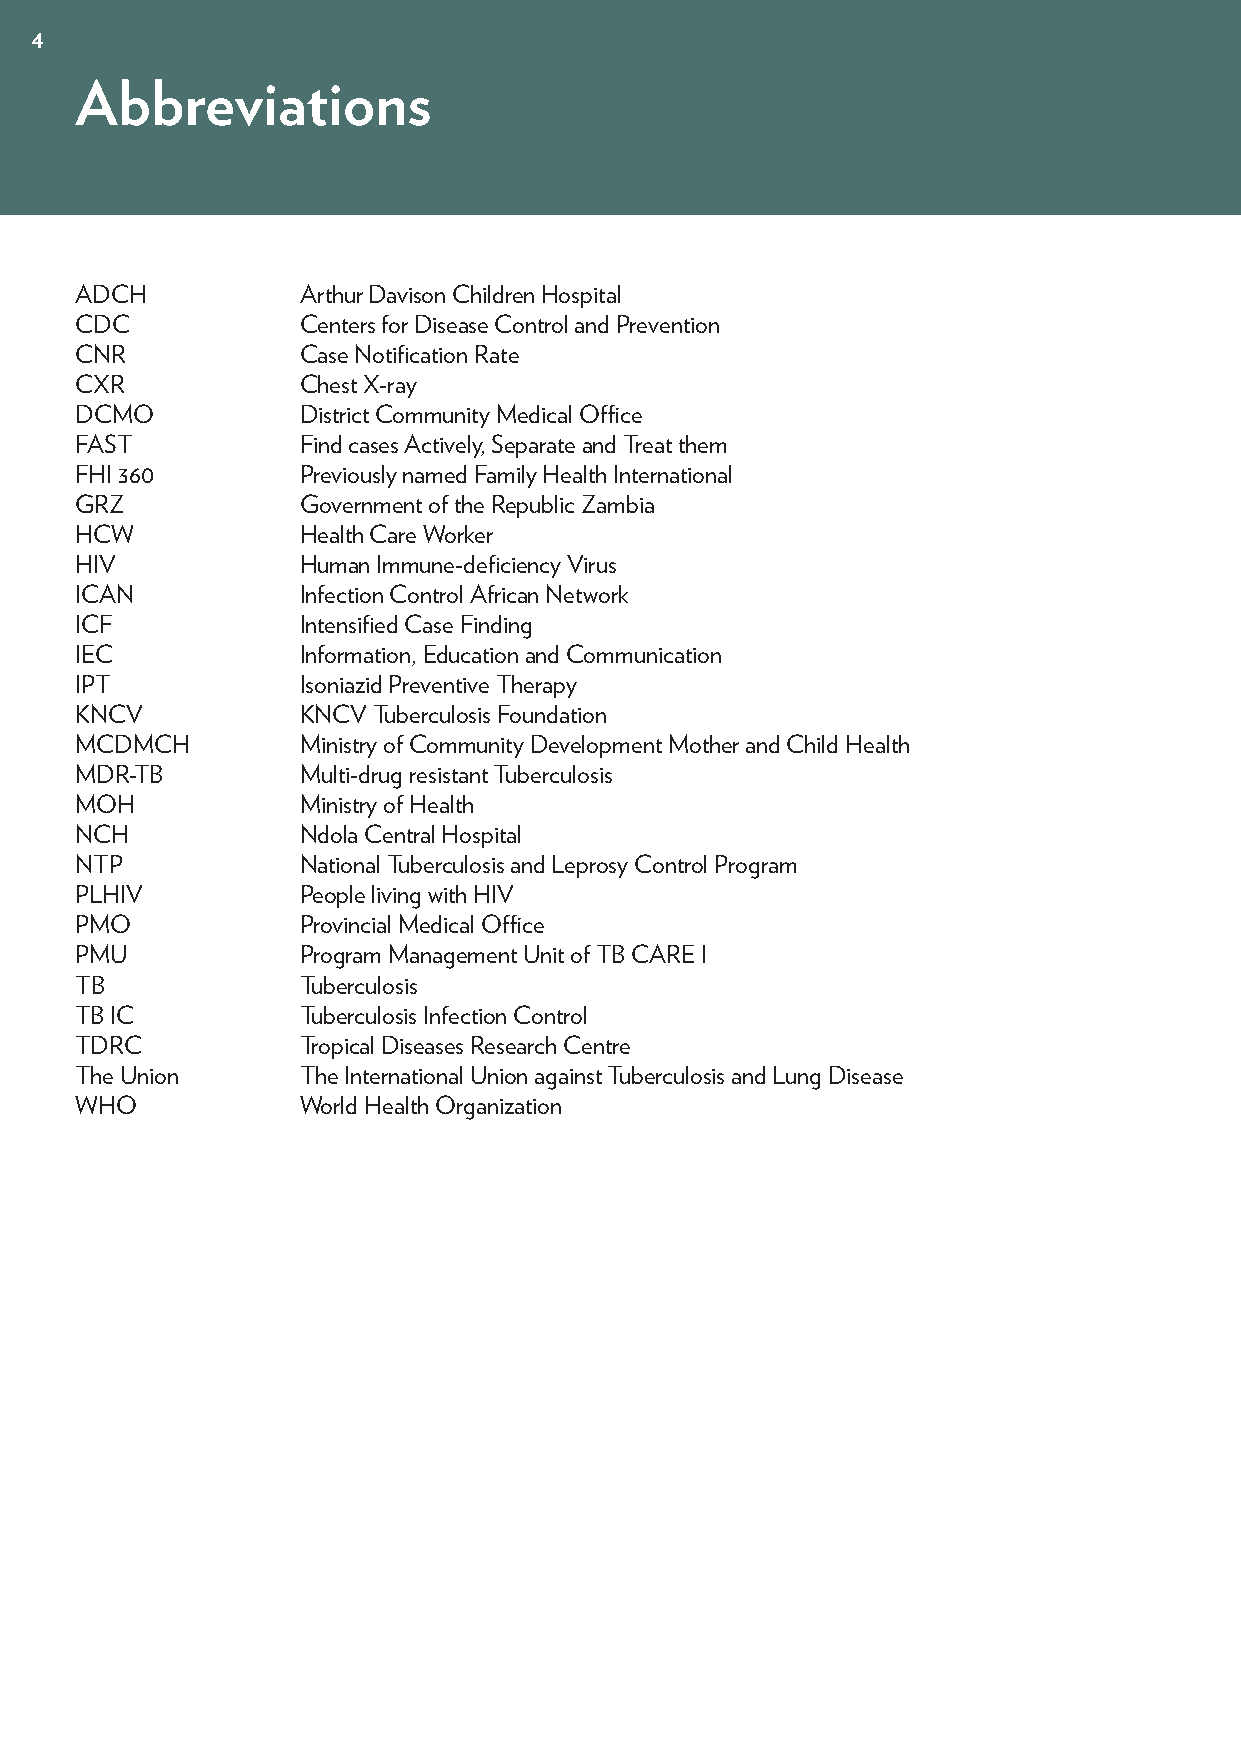
4
 Abbreviations
 ADCH           Arthur Davison Children Hospital
 CDC            Centers for Disease Control and Prevention
 CNR            Case Notification Rate
 CXR            Chest X-ray
 DCMO           District Community Medical Office
 FAST           Find cases Actively, Separate and Treat them
 FHI 360        Previously named Family Health International
 GRZ            Government of the Republic Zambia
 HCW            Health Care Worker
 HIV            Human Immune-deficiency Virus
 ICAN           Infection Control African Network
 ICF            Intensified Case Finding
 IEC            Information, Education and Communication
 IPT            Isoniazid Preventive Therapy
 KNCV           KNCV Tuberculosis Foundation
 MCDMCH         Ministry of Community Development Mother and Child Health
 MDR-TB         Multi-drug resistant Tuberculosis
 MOH            Ministry of Health
 NCH            Ndola Central Hospital
 NTP            National Tuberculosis and Leprosy Control Program
 PLHIV          People living with HIV
 PMO            Provincial Medical Office
 PMU            Program Management Unit of TB CARE I
 TB             Tuberculosis
 TB IC          Tuberculosis Infection Control
 TDRC           Tropical Diseases Research Centre
 The Union      The International Union against Tuberculosis and Lung Disease
 WHO            World Health Organization